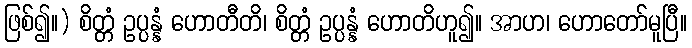
ဖြစ်၍။) စိတ္တံ ဥပ္ပန္နံ ဟောတီတိ၊ စိတ္တံ ဥပ္ပန္နံ ဟောတိဟူ၍။ အာဟ၊ ဟောတော်မူပြီ။